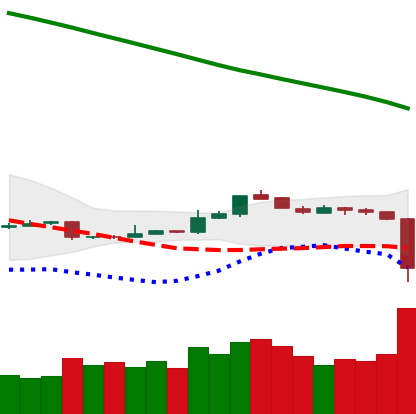
Ticker: ETH-USD
Chart end date: 2018-11-14
Forward return: -17.763%
Label: down_7plus